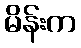
မိန်းက